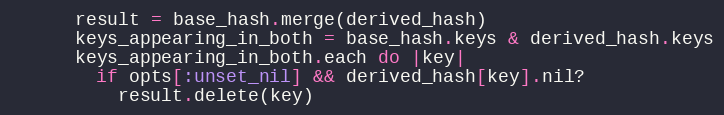
Language: Ruby
      result = base_hash.merge(derived_hash)
      keys_appearing_in_both = base_hash.keys & derived_hash.keys
      keys_appearing_in_both.each do |key|
        if opts[:unset_nil] && derived_hash[key].nil?
          result.delete(key)